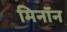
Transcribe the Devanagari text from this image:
मिनॉन